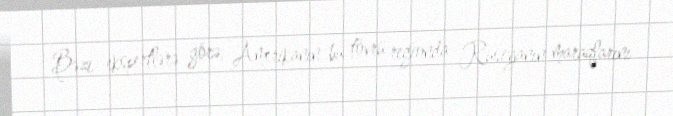
Bəzi ekspertlərə görə, Amerikanın bu tövrü regionda Rusiyanın maraqlarını